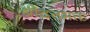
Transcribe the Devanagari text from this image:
श्रीदत्तभक्त